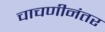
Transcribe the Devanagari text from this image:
चाचणीनंतर